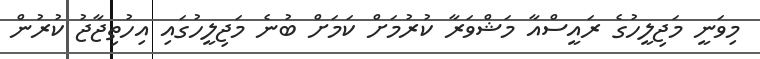
މިވަނީ މަޖިލީހުގެ ރައީސްއާ މަޝްވަރާ ކުރުމަށް ކަމަށް ބުނެ މަޖިލީހުގައި އިހުތިޖާޖު ކުރުން